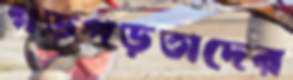
গড়পড়তাদের